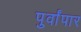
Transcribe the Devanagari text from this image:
पुर्वांपार